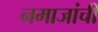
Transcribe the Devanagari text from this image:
नमाजांची